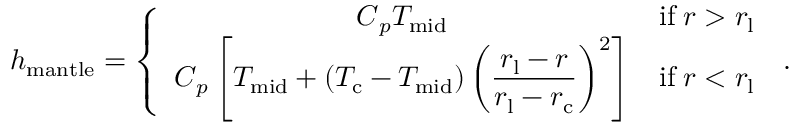
\begin{array} { r } { h _ { \mathrm { m a n t l e } } = \left\{ \begin{array} { c l } { C { _ { p } } T _ { \mathrm { m i d } } } & { \mathrm { i f } \; r > r _ { \mathrm { l } } } \\ { C { _ { p } } \left[ T _ { \mathrm { m i d } } + \left( T _ { \mathrm { c } } - T _ { \mathrm { m i d } } \right) \left( \displaystyle \frac { r _ { \mathrm { l } } - r } { r _ { \mathrm { l } } - r _ { \mathrm { c } } } \right) ^ { 2 } \right] } & { \mathrm { i f } \; r < r _ { \mathrm { l } } } \end{array} \right. \, . } \end{array}